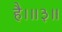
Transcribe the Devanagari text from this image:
है।॥३॥